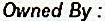
OWNED BY :